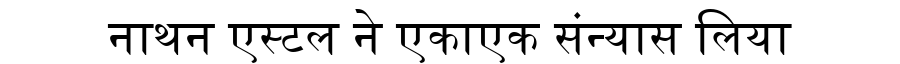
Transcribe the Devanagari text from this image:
नाथन एस्टल ने एकाएक संन्यास लिया